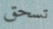
تسحق